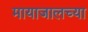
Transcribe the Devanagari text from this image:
मायाजालच्या